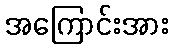
အကြောင်းအား